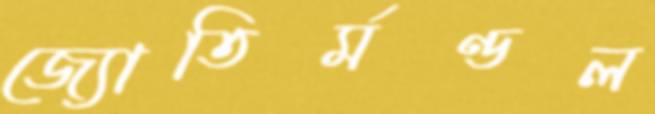
জ্যোতির্মণ্ডল